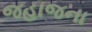
જહાજના